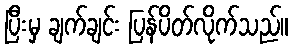
ပြီးမှ ချက်ချင်း ပြန်ပိတ်လိုက်သည်။